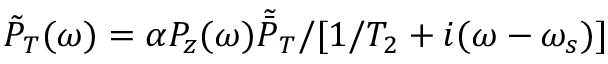
\tilde { P } _ { T } ( \omega ) = \alpha P _ { z } ( \omega ) \tilde { \bar { P } } _ { T } / [ 1 / T _ { 2 } + i ( \omega - \omega _ { s } ) ]